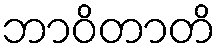
ဘာဝိတာတိ